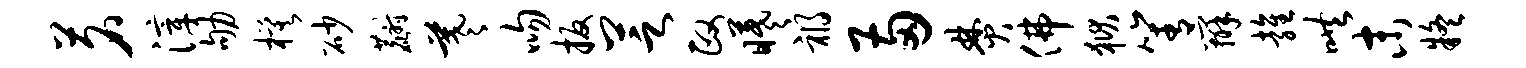
茗滓劬模砂麝羲吻扳芝政曦祸两焚佛狱箐辨雍哄末疑